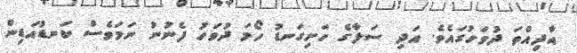
އާދިއްތަ ދުވަހުގައެވެ. އަދި ސަލާގެ ހަށިގަނޑު ހޯމަ ދުވަހު ފެނުނު ނަމަވެސް ކަނޑުއަޑިން